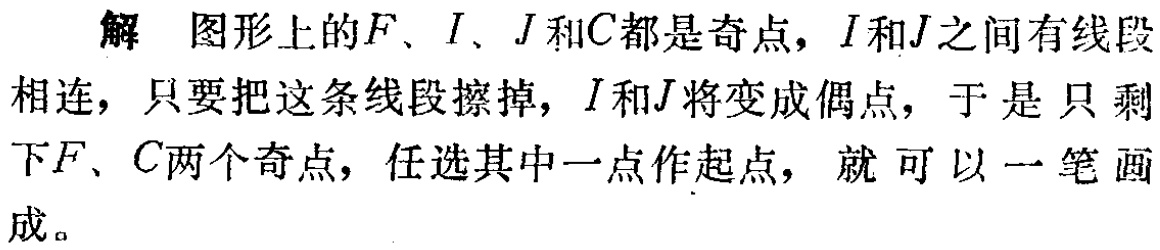
解 图形上的\(F\)、\(I\)、\(J\)和\(C\)都是奇点，\(I\)和\(J\)之间有线段相连，只要把这条线段擦掉，\(I\)和\(J\)将变成偶点，于是只剩下\(F\)、\(C\)两个奇点，任选其中一点作起点，就可以一笔画成。